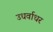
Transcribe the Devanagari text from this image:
उधर्वाधर